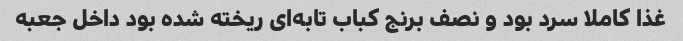
غذا کاملا سرد بود و نصف برنج کباب تابه‌ای ریخته شده بود داخل جعبه